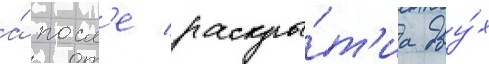
а́ посл'е раскры́т'иа дву́х